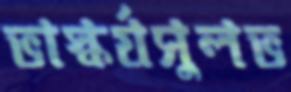
ভাস্কর্যসুলভ